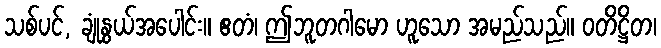
သစ်ပင်, ချုံနွယ်အပေါင်း။ ဧတံ၊ ဤဘူတဂါမော ဟူသော အမည်သည်။ ဝတိဋ္ဌိတ၊